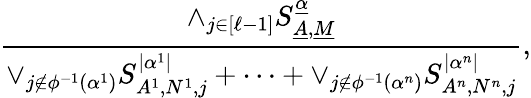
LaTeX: \frac{\wedge_{j\in[\ell-1]}S_{\underline{{A}},\underline{{M}}}^{\underline{{\alpha}}}}{\vee_{j\notin\phi^{-1}(\alpha^{1})}S_{A^{1},N^{1},j}^{|\alpha^{1}|}+\cdots+\vee_{j\notin\phi^{-1}(\alpha^{n})}S_{A^{n},N^{n},j}^{|\alpha^{n}|}},